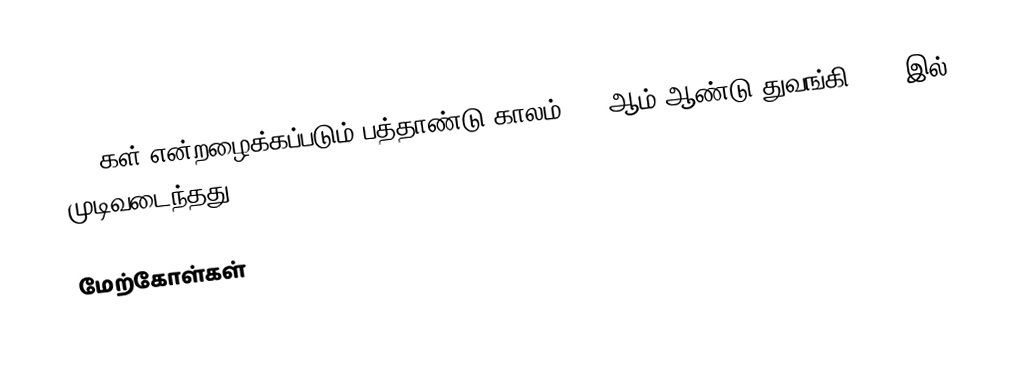
1520கள் என்றழைக்கப்படும் பத்தாண்டு காலம் 1520ஆம் ஆண்டு துவங்கி 1529-இல் முடிவடைந்தது.

மேற்கோள்கள்